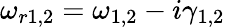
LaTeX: \omega_{r1,2}=\omega_{1,2}-i\gamma_{1,2}